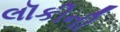
લૉકીની